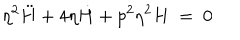
LaTeX: \eta ^ { 2 } \ddot { H } + 4 \eta \dot { H } + p ^ { 2 } \eta ^ { 2 } H ~ = ~ 0